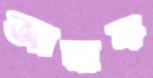
আমাক